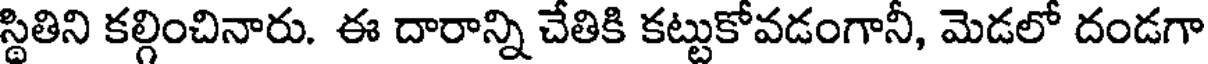
స్థితిని కల్గించినారు. ఈ దారాన్ని చేతికి కట్టుకోవడంగానీ, మెడలో దండగా